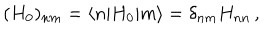
( H _ { 0 } ) _ { n m } = \langle n | H _ { 0 } | m \rangle = \delta _ { n m } H _ { n n } \, ,